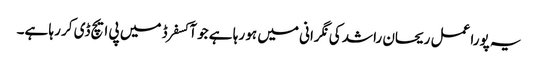
یہ پورا عمل ریحان راشد کی نگرانی میں ہو رہا ہے جو آکسفرڈ میں پی ایچ ڈی کر رہا ہے۔